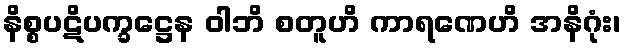
နိစ္စပဋိပက္ခဋ္ဌေန ဝါဘိ စတူဟိ ကာရဏေဟိ အနိဂုံး၊